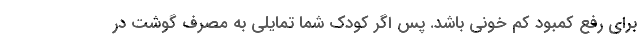
برای رفع کمبود کم خونی باشد. پس اگر کودک شما تمایلی به مصرف گوشت در